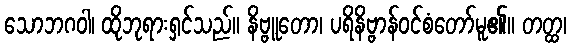
သောဘဂဝါ၊ ထိုဘုရားရှင်သည်။ နိဗ္ဗူတော၊ ပရိနိဗ္ဗာန်ဝင်စံတော်မူ၏။ တတ္ထ၊